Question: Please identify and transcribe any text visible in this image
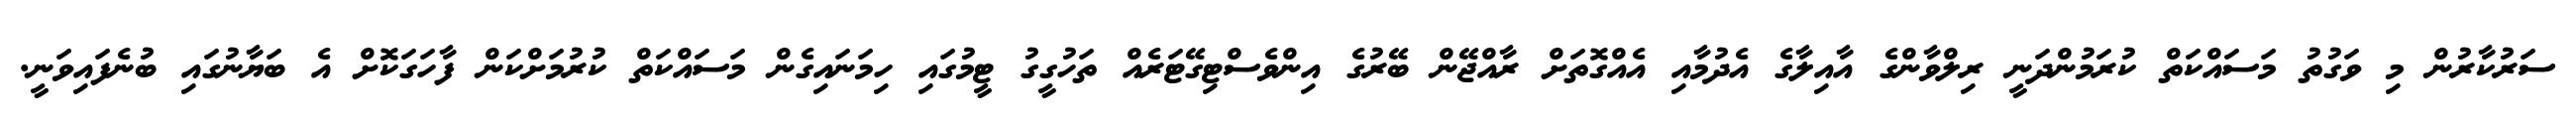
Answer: ސަރުކާރުން މި ވަގުތު މަސައްކަތް ކުރަމުންދަނީ ރިލްވާންގެ އާއިލާގެ އެދުމާއި އެއްގޮތަށް ރާއްޖޭން ބޭރުގެ އިންވެސްޓިގޭޓަރެއް ތަހުގީގު ޓީމުގައި ހިމަނައިގެން މަސައްކަތް ކުރުމަށްކަން ފާހަގަކޮށް އެ ބަޔާނުގައި ބުނެފައިވަނީ.